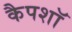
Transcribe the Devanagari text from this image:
कैपशॉ